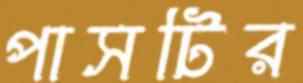
পাসটির